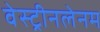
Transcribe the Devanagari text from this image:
वेस्ट्रीनलेनम